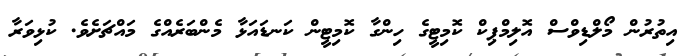
އިތުރުން މޯލްޑިވްސް އޮލިމްޕިކް ކޮމިޓީގެ ހިންގާ ކޮމިޓީން ކަނޑައަޅާ މެންބަރެއްގެ މައްޗަށެވެ. ކުޅިވަރާ